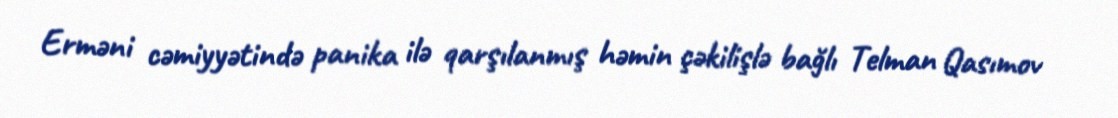
Erməni cəmiyyətində panika ilə qarşılanmış həmin çəkilişlə bağlı Telman Qasımov